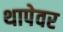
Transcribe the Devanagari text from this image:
थापेवर